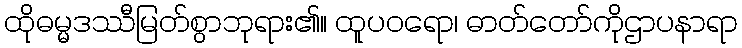
ထိုဓမ္မဒဿီမြတ်စွာဘုရား၏။ ထူပဝရော၊ ဓာတ်တော်ကိုဌာပနာရာ